Ridala_vallavalitsus, lk 18
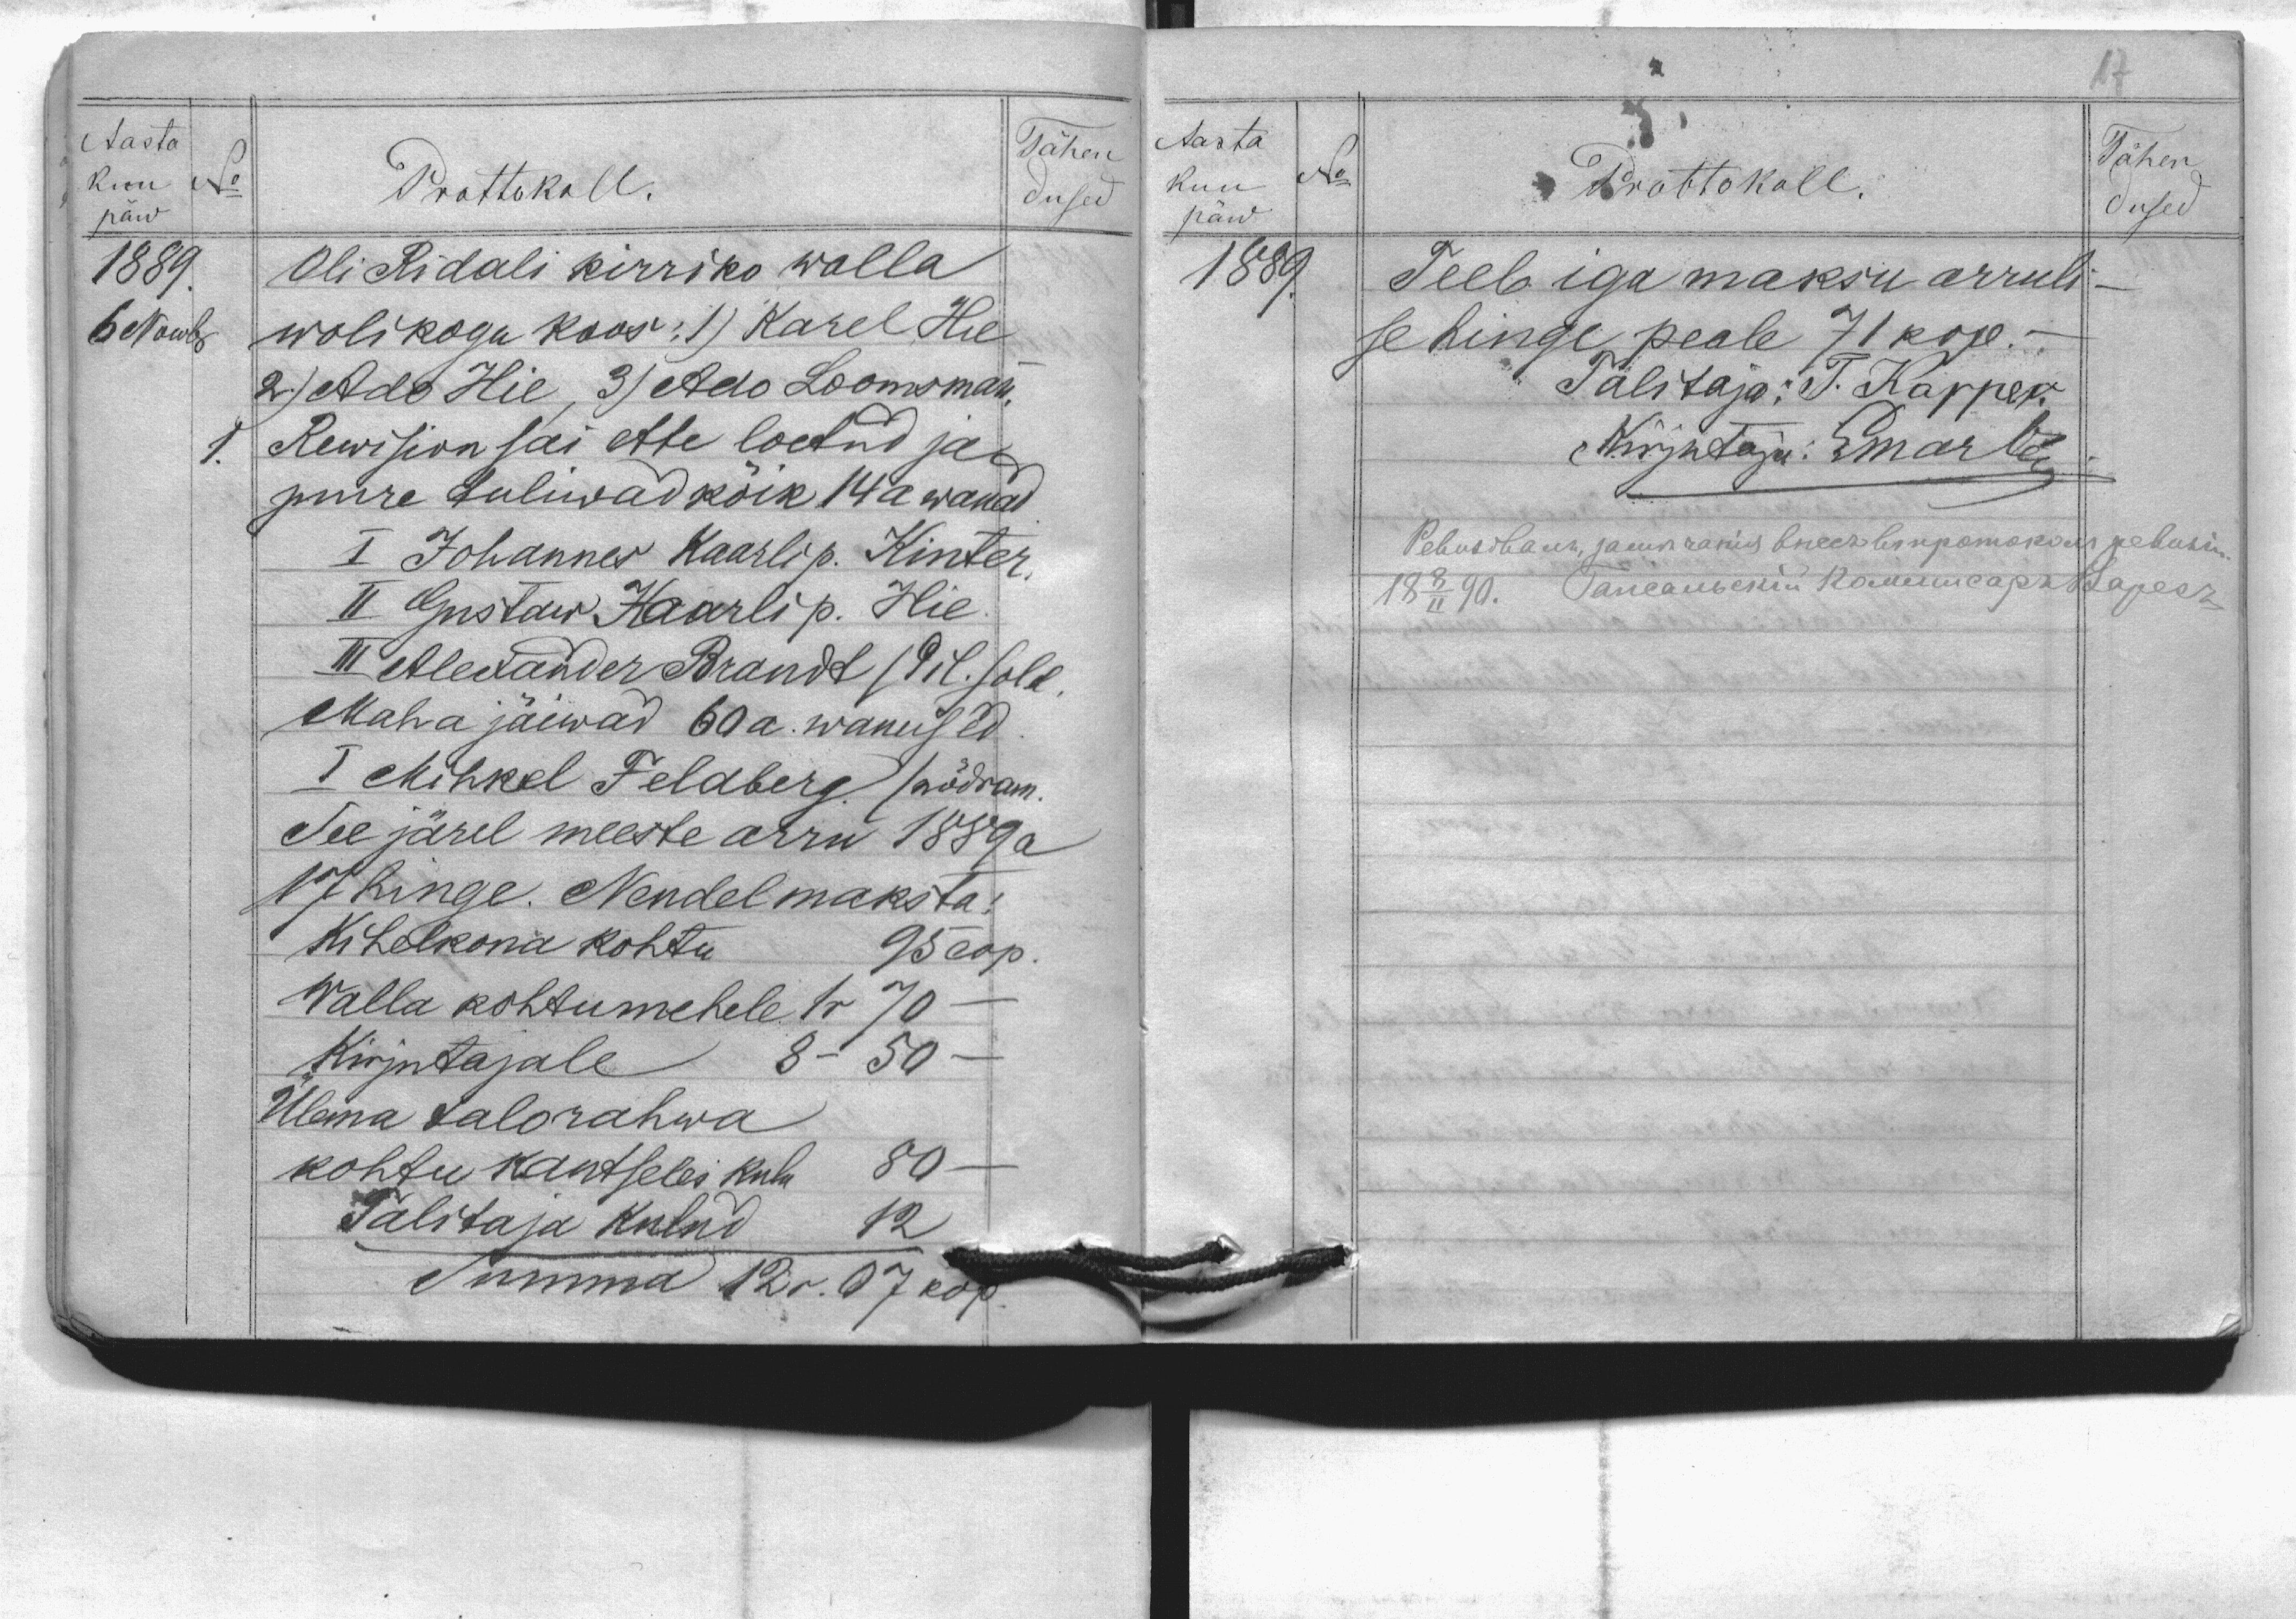
Aasta
kuu
No
Prottokoll
päw
Oli RIdali kirriko walla
1889.
6 Nowbr
wolikogu koos: 1) Karel Hie
2) Ado Hie, 3) Ado Loomsmann
1. Rewision sai ette loetud ja
juure tuliwad kõik 14a wanad
I Johannes Kaarli p. Kinter
II GUstaw Kaarli p. Hie
III ALexander Brandt (Pil. sold.
Maha jäiwad 60a. wanused.
I Mihkel Feldberg (nõdram.
See järel meeste arru 1889 a
17 hinge. Nendel maksta:
Kihelkonna kohtu 95 cop.
Walla kohtumehele 1r70
Kirjutajale 8-50-
Ulema talorahwa
kohtu kantselei kulu 80
Talitaja kulud 12
Summa 12 r. 07 kop.
Tähend
dused

Aasta
kuu
päw
1889.
No
Tähen
Prottokoll.
dused
Teeb iga maksu arruli-
se hinge peale 71 kop.
Talitaja: T. Kapper
Kirjutaja: Gmarten
Ревизоваль замечания внесъ въ протоколъ ревизии
18 8/II 90. Гапсальский Коммисарь ?арезъ